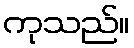
ကုသည်။